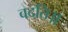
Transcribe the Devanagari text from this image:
वदति॥